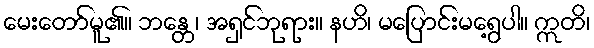
မေးတော်မူ၏။ ဘန္တေ၊ အရှင်ဘုရား။ နဟိ၊ မပြောင်းမရွေ့ပါ။ ဣတိ၊